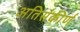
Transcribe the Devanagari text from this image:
अतिसंकीर्ण